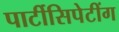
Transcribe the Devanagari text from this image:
पार्टीसिपेटींग